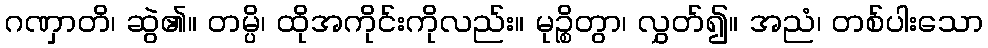
ဂဏှာတိ၊ ဆွဲ၏။ တမ္ပိ၊ ထိုအကိုင်းကိုလည်း။ မုဉ္စိတွာ၊ လွှတ်၍။ အညံ၊ တစ်ပါးသော